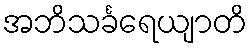
အဘိသင်္ခရေယျာတိ